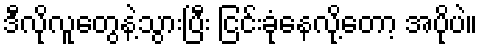
ဒီလိုလူတွေနဲ့သွားပြီး ငြင်းခုံနေလို့တော့ အပိုပဲ။